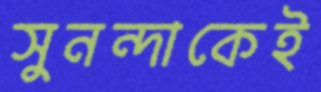
সুনন্দাকেই